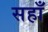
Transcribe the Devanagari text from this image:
सहाँ